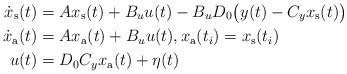
LaTeX: \begin{align*} \dot x_\text s(t)&=Ax_\text s(t)+B_uu(t)-B_uD_0\bigl(y(t)-C_yx_\text s(t)\bigr) \\ \dot x_\text a(t)&=Ax_\text a(t)+B_uu(t),x_\text a(t_i)=x_\text s(t_i) \\ u(t)&=D_0C_yx_\text a(t)+\eta(t) \end{align*}